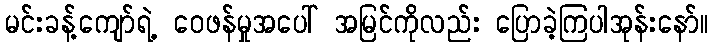
မင်းခန့်ကျော်ရဲ့ ဝေဖန်မှုအပေါ် အမြင်ကိုလည်း ပြောခဲ့ကြပါအုန်းနော်။